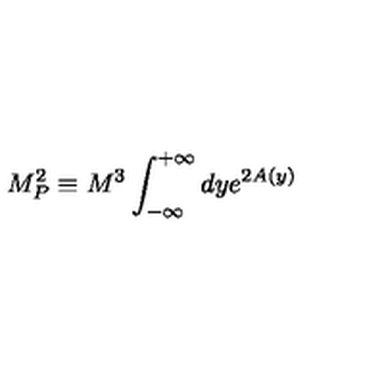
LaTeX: M _ { P } ^ { 2 } \equiv M ^ { 3 } \int _ { - \infty } ^ { + \infty } d y e ^ { 2 A ( y ) }